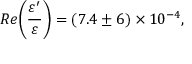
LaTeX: R e \biggl ( \frac { \varepsilon ^ { \prime } } { \varepsilon } \biggr ) = ( 7 . 4 \pm 6 ) \times 1 0 ^ { - 4 } , \, \, \, \, \, \,